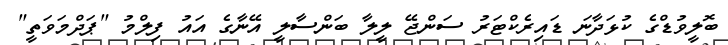
ބޮލީވުޑްގެ ކުޅަދާނަ ޑައިރެކްޓަރު ސަންޖޭ ލީލާ ބަންސާލީ އޭނާގެ އައު ފިލްމު "ޕަދްމަވަތީ"